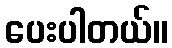
ပေးပါတယ်။